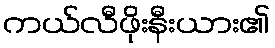
ကယ်လီဖိုးနီးယား၏